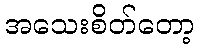
အသေးစိတ်တော့